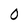
Character: 0